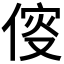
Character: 𠋢